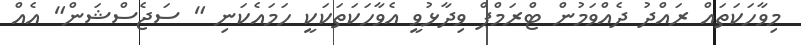
މިވާހަކަތައް ރައްދު ދެއްވަމުން ޓްރަމްޕް ވިދާޅުވީ އެވާހަކަތަކަކީ ހަމައެކަނި " ސަޖެސްޝަން" އެއް